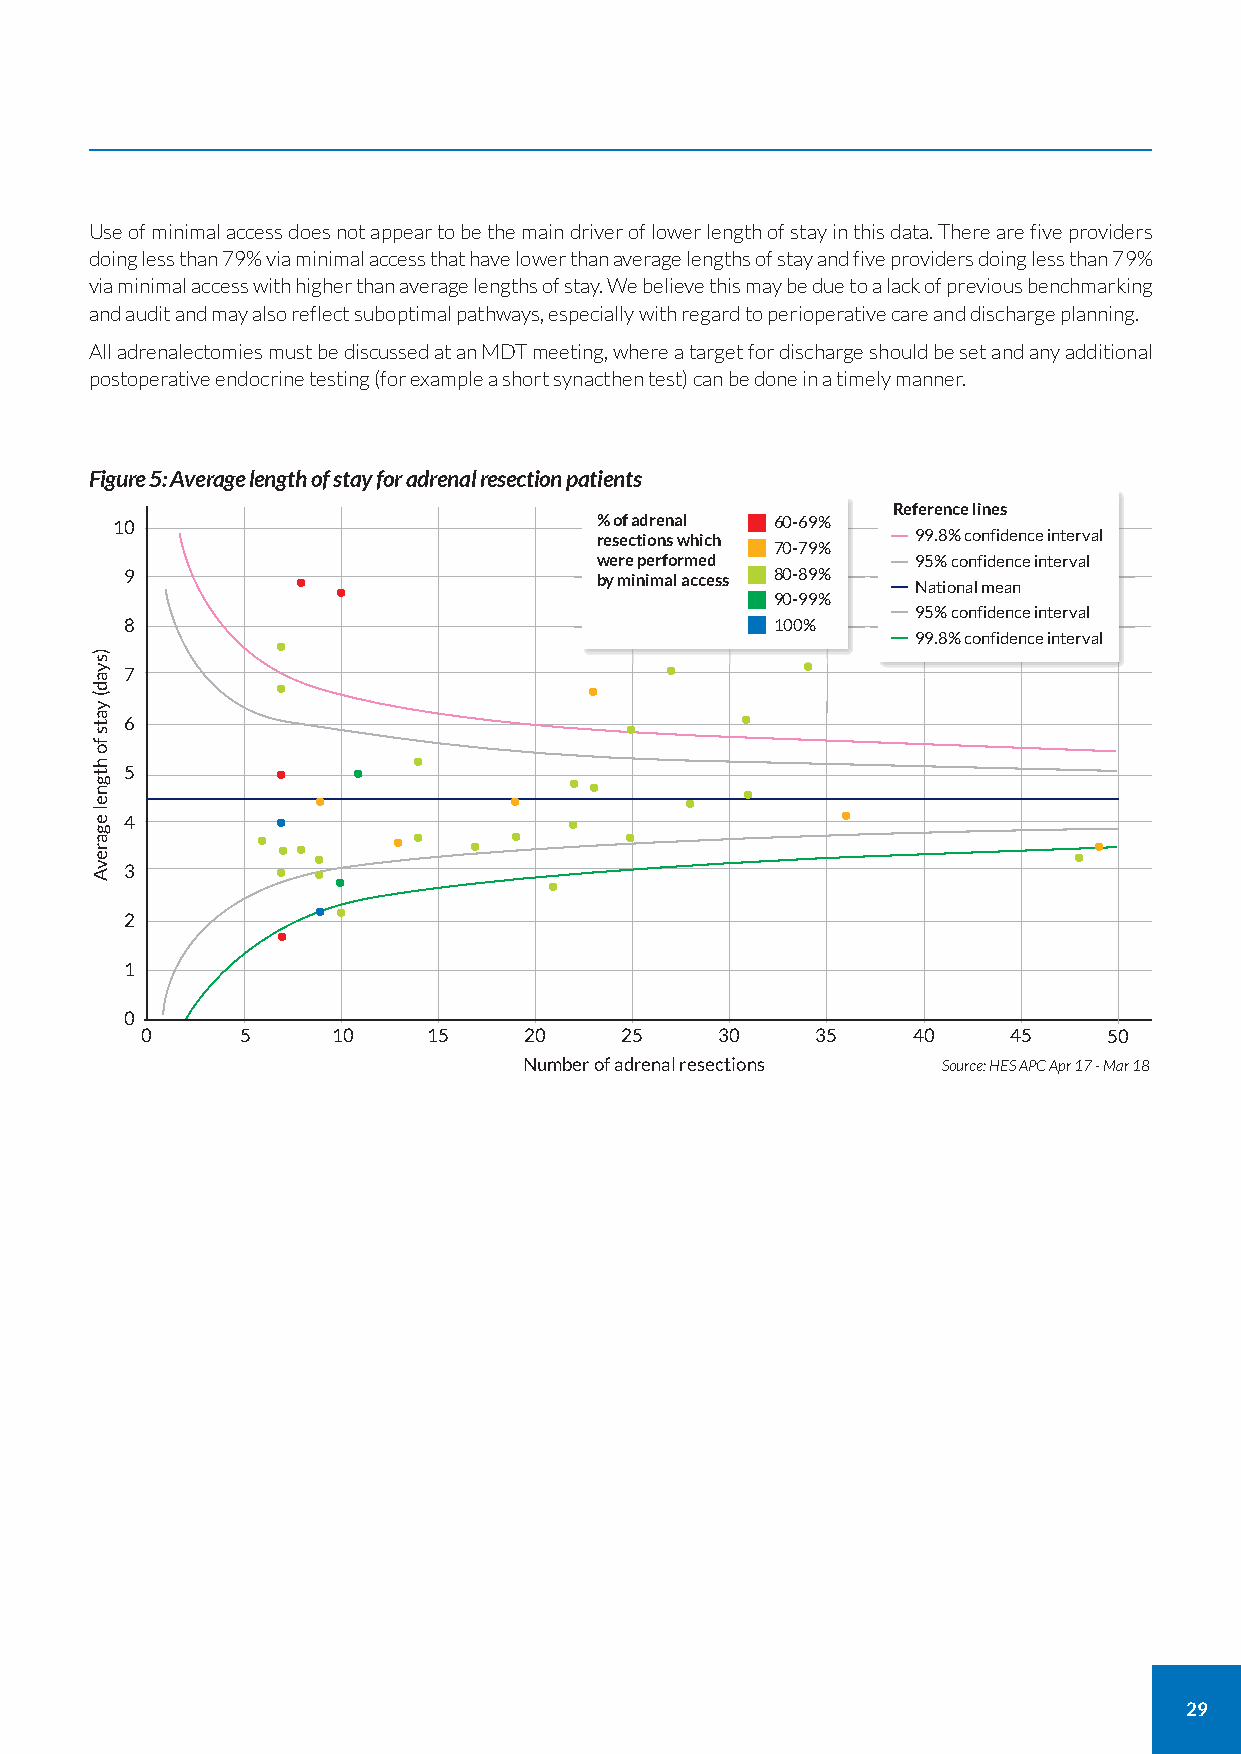
Use of minimal access does not appear to be the main driver of lower length of stay in this data. There are five providers
 doing less than 79% via minimal access that have lower than average lengths of stay and five providers doing less than 79%
 via minimal access with higher than average lengths of stay. We believe this may be due to a lack of previous benchmarking
 and audit and may also reflect suboptimal pathways, especially with regard to perioperative care and discharge planning.
 All adrenalectomies must be discussed at an MDT meeting, where a target for discharge should be set and any additional
 postoperative endocrine testing (for example a short synacthen test) can be done in a timely manner.
 Figure 5: Average length of stay for adrenal resection patients
 Reference lines
 10                              % of adrenal 60-69%
 resections which      99.8% confidence interval
 70-79%
 were performed        95% confidence interval
 9          •  •                by minimal access 80-89% National mean
 90-99%
 95% confidence interval
 8                                          100%
 •                                          99.8% confidence interval
 •        •
 7         •                    •
 •
 6                                •
 •
 •    •
 5                             ••
 •
 •            •          •
 •
 4         •                  •
 • ••     • •  •  •      •                              •
 •                                                 •
 3         •• • •            •
 • •
 2
 •
 1
 0
 0      5     10    15     20    25     30    35    40     45    50
 Number of adrenal resections Source: HES APC Apr 17 - Mar 18
 29
 )syad(
 yats
 fo
 htgnel
 egarevA